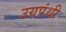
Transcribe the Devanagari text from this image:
उग्रपंथी